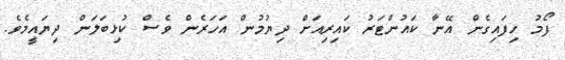
ފޯމު ހިފައިގެން އޭނާ ކައުންޓަރު ކައިރިއަށް ދިޔުމުން އަހަރެން ވެސް ކުޅިބަލަން ދިޔައީމެވެ.